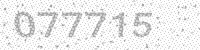
Solution: 077715